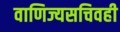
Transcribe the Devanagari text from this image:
वाणिज्यसचिवही